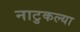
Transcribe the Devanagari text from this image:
नाटुकल्या